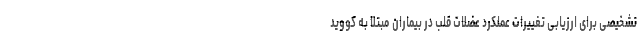
تشخیصی برای ارزیابی تغییرات عملکرد عضلات قلب در بیماران مبتلا به کووید